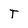
Character: T